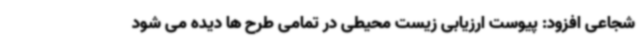
شجاعی افزود: پیوست ارزیابی زیست محیطی در تمامی طرح ها دیده می شود